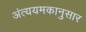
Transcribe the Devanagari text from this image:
अंत्ययमकानुसार